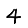
Digit: 4